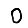
Digit: 0